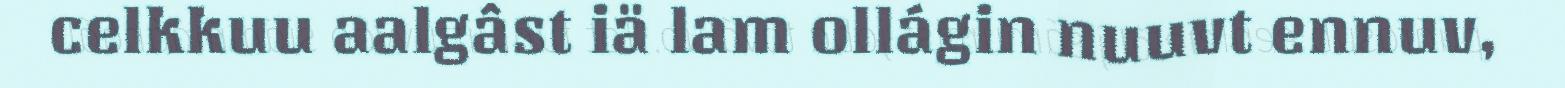
celkkuu aalgâst iä lam ollágin nuuvt ennuv,